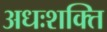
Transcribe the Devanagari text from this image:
अधःशक्ति